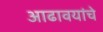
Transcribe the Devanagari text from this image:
आढावयांचे